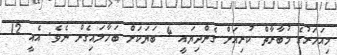
މިއަހަރުގެ މުބާރާތް ކުރިއަށް ގެންދިޔައީ 4 ބަޔަކަށް ބަހާލައިގެން ނެވެ. އެއީ 12